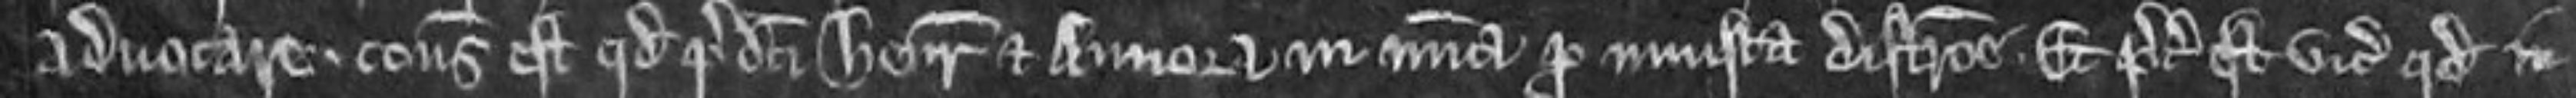
Advocare. consideratum est quod predicti Henricus et Annora in misericordia pro injusta districtione. Et preceptum est vicecomiti quod